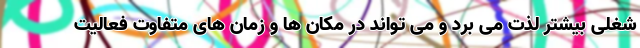
شغلی بیشتر لذت می برد و می تواند در مکان ها و زمان های متفاوت فعالیت